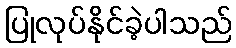
ပြုလုပ်နိုင်ခဲ့ပါသည်